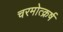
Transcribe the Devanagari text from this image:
चरमोत्क्रर्ष